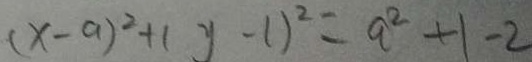
( x - a ) ^ { 2 } + ( y - 1 ) ^ { 2 } = a ^ { 2 } + 1 - 2